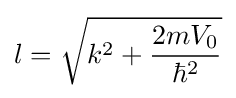
l={\sqrt {k^{2}+{\frac {2mV_{0}}{\hbar ^{2}}}}}